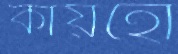
কায়হো